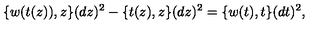
\{ w ( t ( z ) ) , z \} ( d z ) ^ { 2 } - \{ t ( z ) , z \} ( d z ) ^ { 2 } = \{ w ( t ) , t \} ( d t ) ^ { 2 } ,